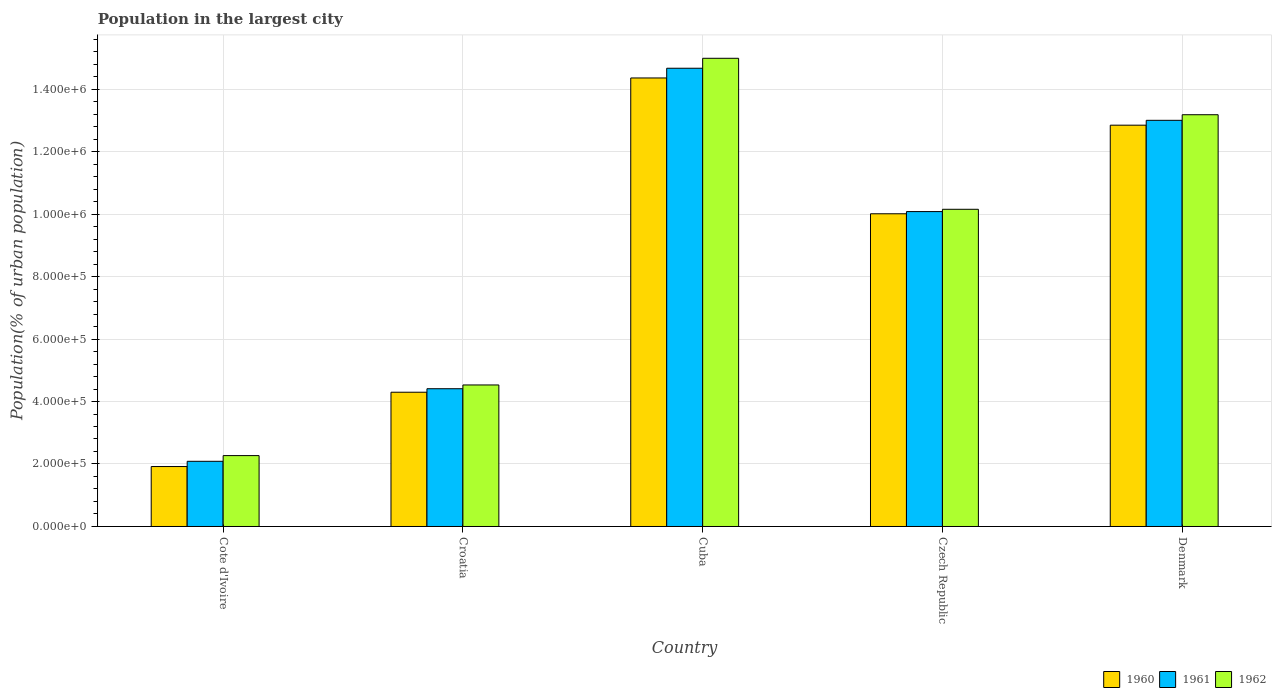
| Country | 1960 | 1961 | 1962 |
 | --- | --- | --- | --- |
 | Cote d'Ivoire | 1.92e+05 | 2.09e+05 | 2.27e+05 |
 | Croatia | 4.3e+05 | 4.41e+05 | 4.53e+05 |
 | Cuba | 1.44e+06 | 1.47e+06 | 1.5e+06 |
 | Czech Republic | 1e+06 | 1.01e+06 | 1.02e+06 |
 | Denmark | 1.28e+06 | 1.3e+06 | 1.32e+06 |